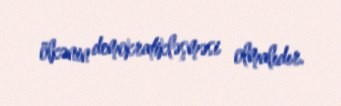
ölkənin demokratikləşməsi olmalıdır.